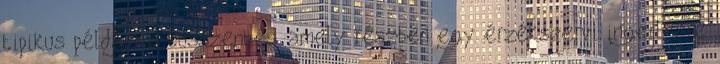
tipikus példája a tüsszentés, amely részben egy érzékszervi ingerlésre